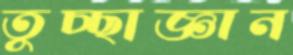
তুচ্ছাজ্ঞান